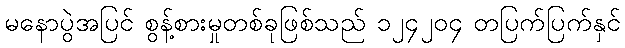
မနောပွဲအပြင် စွန့်စားမှုတစ်ခုဖြစ်သည် ၁၂၄၂၀၄ တပြက်ပြက်နှင်